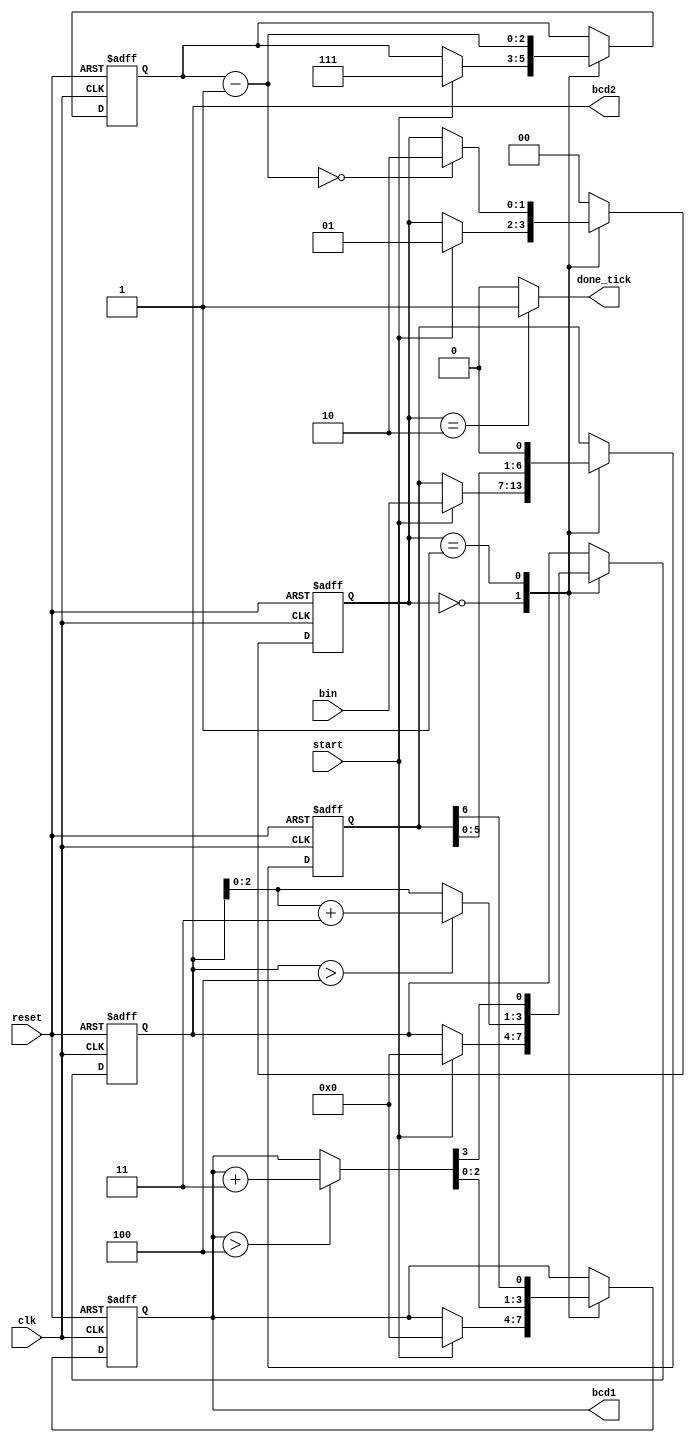
module binary_2_BCD (clk, reset, start, bin, done_tick, bcd1, bcd2);

input wire clk, reset;
input wire start;
input wire [6:0] bin;
output reg done_tick;
output wire [3:0] bcd1, bcd2;

localparam[1:0]	idle	= 2'b00,				   // give my states labels that are easier to follow than binary numbers.
						op		= 2'b01,
						done	= 2'b10;
						
						
reg [1:0] state_reg, state_next;
reg[6:0] bin_reg, bin_next;
reg[2:0] n_reg, n_next;
reg[3:0] bcd1_reg, bcd2_reg;
reg[3:0] bcd1_next, bcd2_next;
wire[3:0] bcd1_tmp, bcd2_tmp;


always @(posedge clk, negedge reset)
	if (~reset)
		begin
			state_reg = idle;			 // resets all values and sets state back to idle
			bin_reg <=0;
			n_reg <=0;
			bcd1_reg <= 0;
			bcd2_reg <= 0;
		end
	else
		begin
			state_reg <= state_next;			//  assigns new values/states on each clock tick.  
			bin_reg <= bin_next;
			n_reg <= n_next;
			bcd1_reg <= bcd1_next;
			bcd2_reg <= bcd2_next;
		end
		
always @*
begin											// begin describing how the state machine behaves.
	state_next = state_reg;						
	done_tick = 1'b0;
	bin_next = bin_reg;
	bcd1_next = bcd1_reg;
	bcd2_next = bcd2_reg;
	n_next = n_reg;
	
	case (state_reg)
		idle:
			begin
				done_tick = 1'b0;
				if (start)
					begin
						state_next = op;
						bcd1_next = 0;						  // waits for start, always on in my circuit.
						bcd2_next = 0;
						n_next = 3'b111;
						bin_next = bin;
					end
			end
		op:
			begin
				bin_next = bin_reg << 1;
				bcd1_next = {bcd1_tmp[2:0], bin_reg[6]};
				bcd2_next = {bcd2_tmp[2:0], bcd1_tmp[3]};			  // Begins shifting in bits for BCD conversion.  counts down with n_next to tell it when to stop.  
				n_next = n_reg - 3'd1;
				if (n_next==0)
					state_next = done;
			end
		done:
			begin
				done_tick = 1'b1;
				state_next = idle;
			end
		default: state_next = idle;
	endcase
end

// data path function units
assign bcd1_tmp = (bcd1_reg > 4'd4) ? bcd1_reg+4'd3 : bcd1_reg;				// The operations done during the op (convert) state.  If after shift in the value is >4 then add 3 before the next shift in
assign bcd2_tmp = (bcd2_reg > 4'd4) ? bcd2_reg+4'd3 : bcd2_reg;				// otherwise just prepare for next bit to be shifted in.

// output
assign bcd1 = bcd1_reg;			  // continuosly outputs the current value, even while converting.  This is why a done tick is needed.  Whatever I'm sending to, I only want it
assign bcd2 = bcd2_reg;			  // to load the bcd values when conversion is done.

endmodule